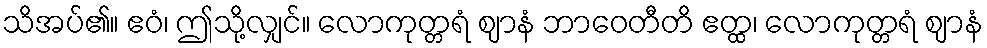
သိအပ်၏။ ဧဝံ၊ ဤသို့လျှင်။ လောကုတ္တရံ ဈာနံ ဘာဝေတီတိ ဧတ္ထ၊ လောကုတ္တရံ ဈာနံ